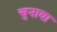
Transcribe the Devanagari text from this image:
चुनाया